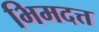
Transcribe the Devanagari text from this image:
भिमदत्त